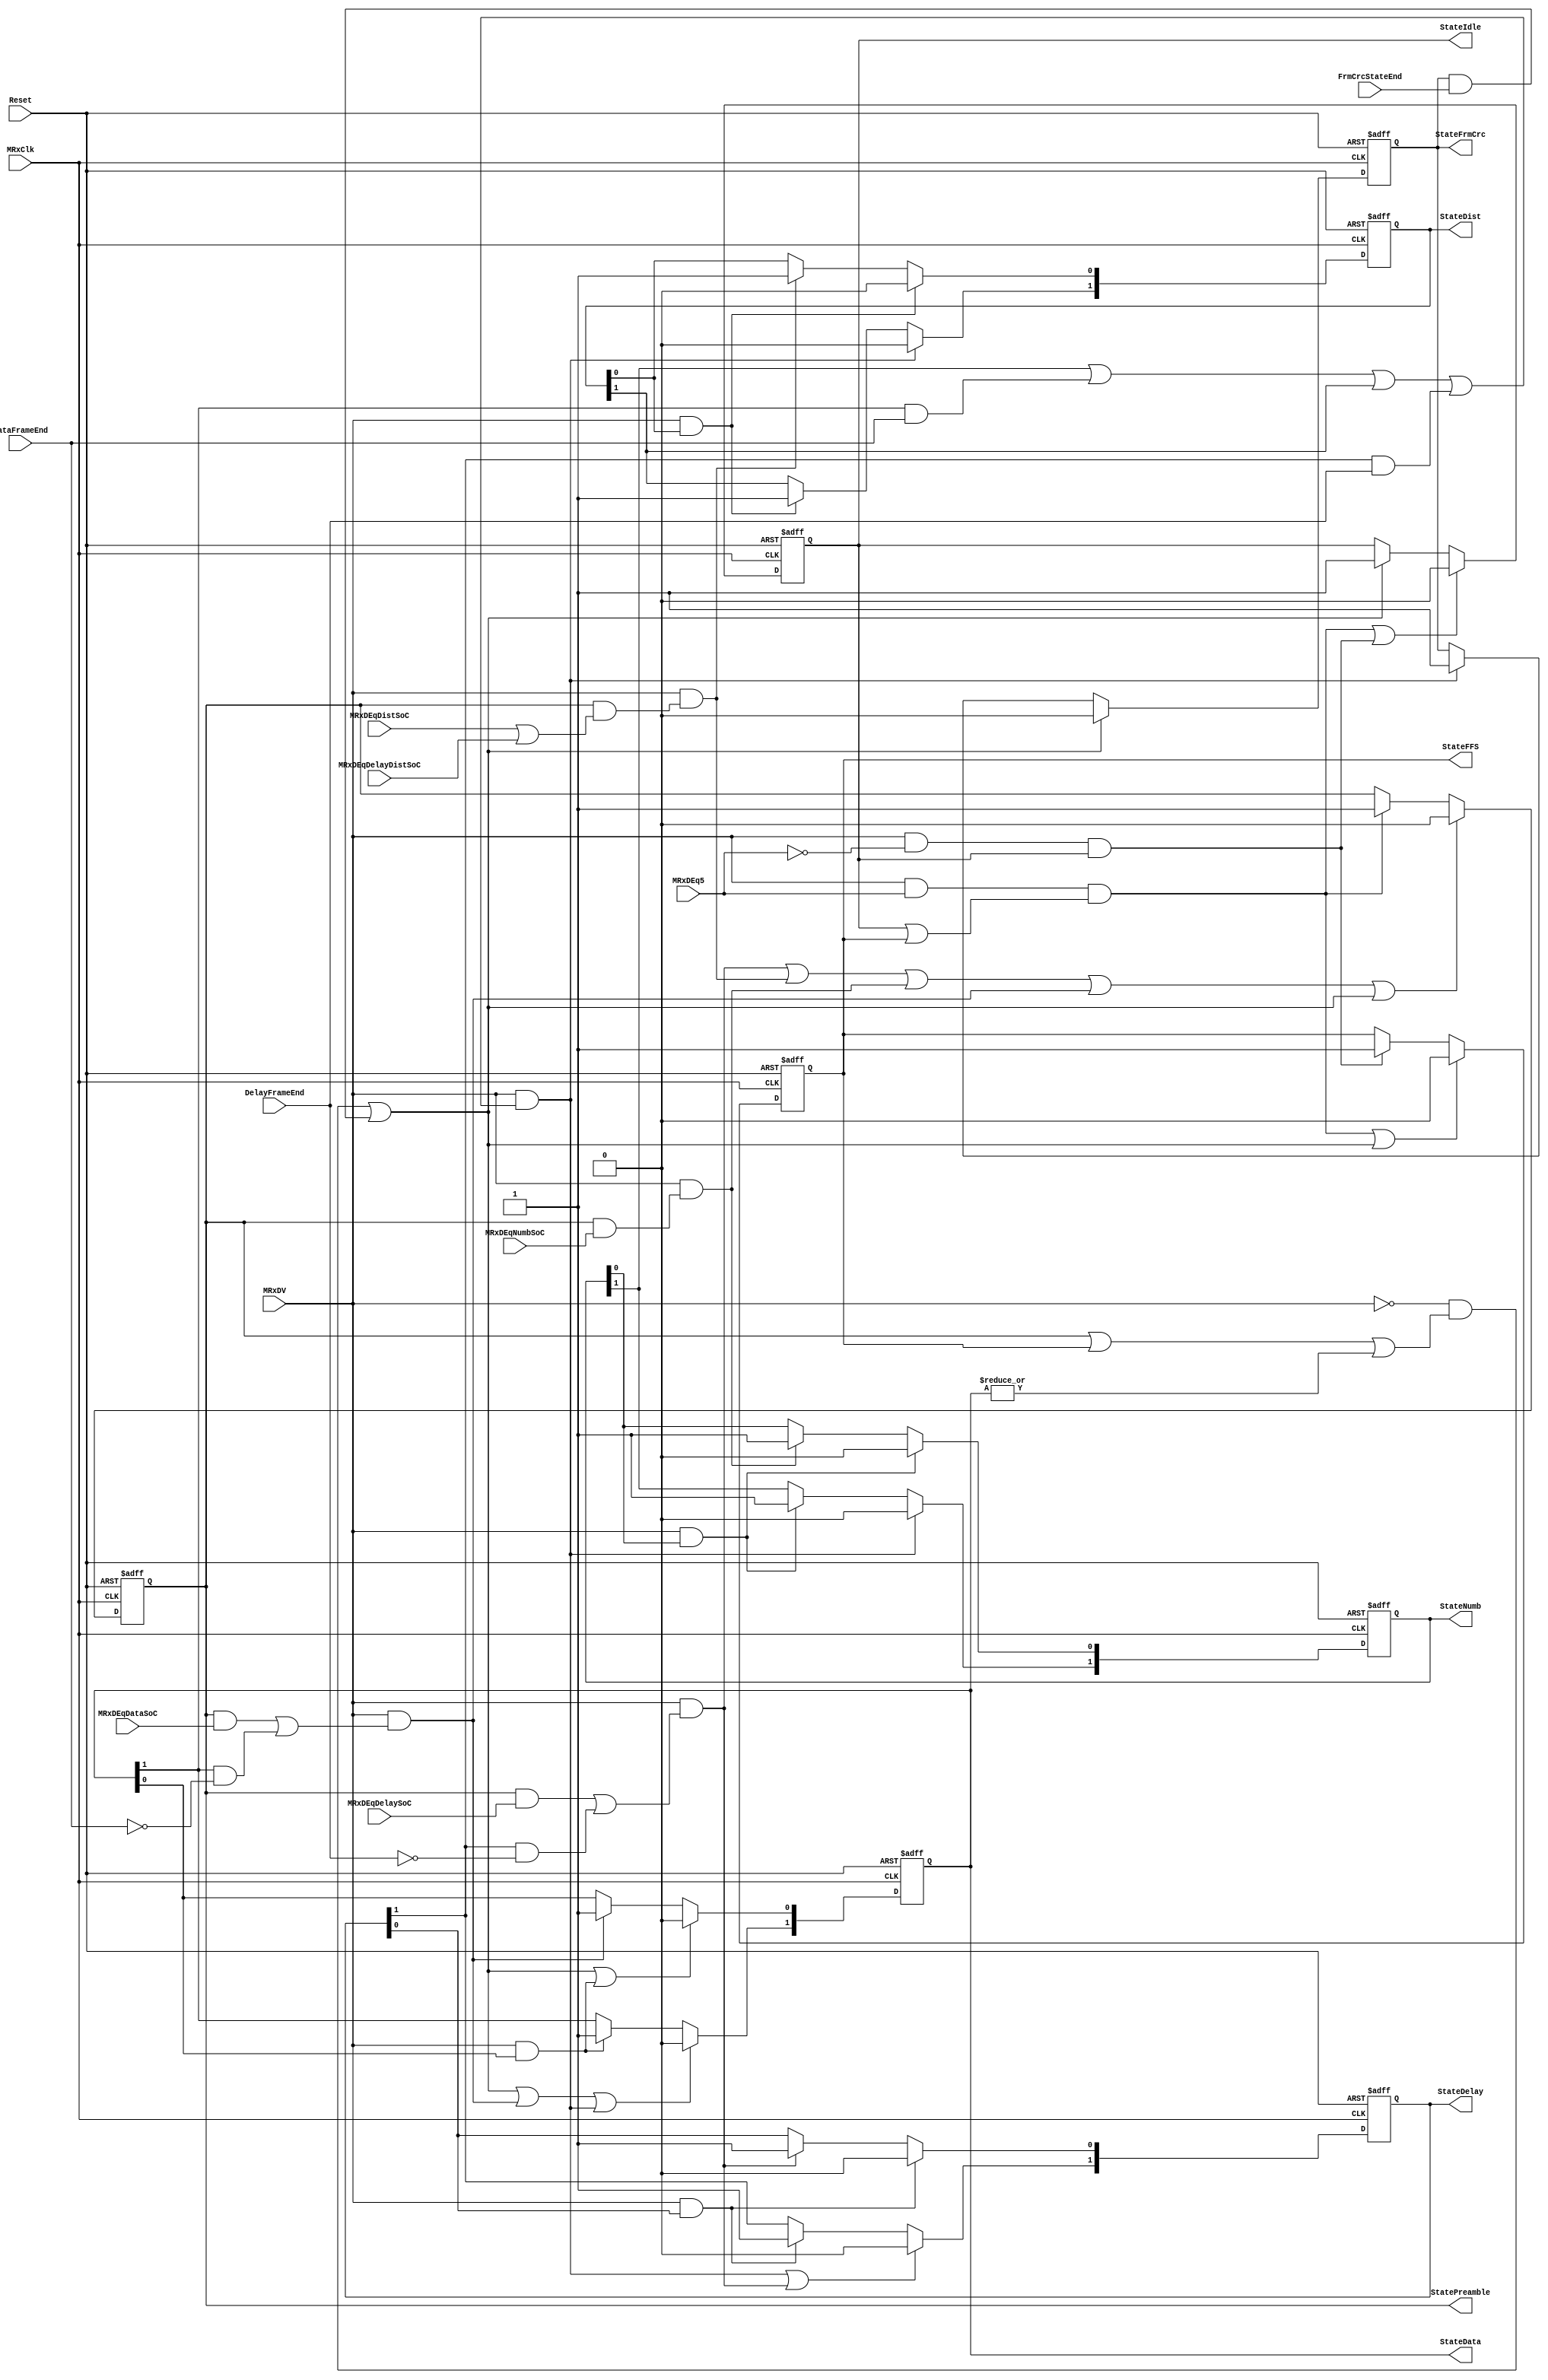
module fb_rxstatem (MRxClk, Reset, MRxDV, MRxDEq5, MRxDEqDataSoC, MRxDEqNumbSoC, MRxDEqDistSoC, MRxDEqDelaySoC,MRxDEqDelayDistSoC,
                    DelayFrameEnd, DataFrameEnd, FrmCrcStateEnd, StateIdle, StateFFS, StatePreamble, 
                    StateNumb, StateDist, StateDelay, StateData, StateFrmCrc
                    );

input         MRxClk;
input         Reset;
input         MRxDV;

input         MRxDEq5;
input         MRxDEqDataSoC;
input         MRxDEqNumbSoC;
input         MRxDEqDistSoC;
input         MRxDEqDelaySoC;
input         MRxDEqDelayDistSoC;
input         DelayFrameEnd;
input         DataFrameEnd;
input         FrmCrcStateEnd;


output        StateIdle;
output        StateFFS;
output        StatePreamble;
output [1:0]  StateNumb;
output [1:0]  StateDist;
output [1:0]  StateDelay;
output [1:0]  StateData;
output        StateFrmCrc;

reg           StateIdle;
reg           StateFFS;
reg           StatePreamble;
reg   [1:0]   StateNumb;
reg   [1:0]   StateDist;
reg   [1:0]   StateDelay;
reg   [1:0]   StateData;
reg           StateFrmCrc;

wire          StartIdle;
wire          StartFFS;
wire          StartPreamble;
wire  [1:0]   StartNumb;
wire  [1:0]   StartDist;
wire  [1:0]   StartDelay;
wire  [1:0]   StartData;
wire          StartFrmCrc;


// Defining the next state
assign StartIdle = ~MRxDV & ( StatePreamble | StateFFS | (|StateData) ) | StateFrmCrc & FrmCrcStateEnd;

assign StartFFS = MRxDV & ~MRxDEq5 & StateIdle;

assign StartPreamble = MRxDV & MRxDEq5 & (StateIdle | StateFFS);

assign StartNumb[0]    = MRxDV & (StatePreamble & MRxDEqNumbSoC);

assign StartNumb[1]    = MRxDV & StateNumb[0];

assign StartDist[0]    = MRxDV & (StatePreamble & (MRxDEqDistSoC | MRxDEqDelayDistSoC ));

assign StartDist[1]    = MRxDV & StateDist[0];

assign StartDelay[0]   = MRxDV & (StatePreamble & MRxDEqDelaySoC | StateDelay[1] & ~DelayFrameEnd);

assign StartDelay[1]   = MRxDV & StateDelay[0];

assign StartData[0]    = MRxDV & (StatePreamble & MRxDEqDataSoC | (StateData[1] & ~DataFrameEnd));

assign StartData[1]    = MRxDV & StateData[0] ;

assign StartFrmCrc     = MRxDV & (StateNumb[1] | StateData[1] & DataFrameEnd | StateDist[1] | StateDelay[1] & DelayFrameEnd);
/*assign StartDrop = MRxDV & (StateIdle & Transmitting | StateSFD & ~IFGCounterEq24 &
                   MRxDEqD |  StateData0 &  ByteCntMaxFrame);*/

// Rx State Machine
always @ (posedge MRxClk or posedge Reset)
begin
  if(Reset)
    begin
      StateIdle     <=  1'b1;
      StatePreamble <=  1'b0;
      StateFFS      <=  1'b0;
      StateNumb     <=  2'b0;
      StateDist     <=  2'b0;
      StateDelay    <=  2'b0;
      StateData     <=  2'b0;
      StateFrmCrc   <=  1'b0;
    end
  else
    begin
      if(StartPreamble | StartFFS)
        StateIdle <=  1'b0;
      else
      if(StartIdle)
        StateIdle <=  1'b1;
      
     if(StartPreamble | StartIdle)
        StateFFS <=  1'b0;
      else
      if(StartFFS)
        StateFFS <=  1'b1;
      
      if(StartDelay[0] | StartDist[0] |StartNumb[0] | StartData[0] | StartIdle )
        StatePreamble <=  1'b0;
      else
      if(StartPreamble)
        StatePreamble <=  1'b1;
      
      if(StartNumb[1])
        StateNumb[0] <=  1'b0;
      else
      if(StartNumb[0])
        StateNumb[0] <=  1'b1;
      
     if(StartFrmCrc)
        StateNumb[1] <=  1'b0;
      else
      if(StartNumb[1])
        StateNumb[1] <=  1'b1;
//
     if(StartDist[1])
        StateDist[0] <=  1'b0;
      else
      if(StartDist[0])
        StateDist[0] <=  1'b1;
        
      if(StartFrmCrc)
        StateDist[1] <=  1'b0;
      else
      if(StartDist[1])
        StateDist[1] <=  1'b1;
        
      if(StartDelay[1])
        StateDelay[0] <=  1'b0;
      else
      if(StartDelay[0])
        StateDelay[0] <=  1'b1;
      
      if(StartFrmCrc | StartDelay[0])
        StateDelay[1] <=  1'b0;
      else
      if(StartDelay[1])
        StateDelay[1] <=  1'b1;

      if(StartIdle | StartData[1])
        StateData[0] <=  1'b0;
      else
      if(StartData[0])
        StateData[0] <=  1'b1;
      
     if(StartIdle | StartData[0] | StartFrmCrc)
        StateData[1] <=  1'b0;
      else
      if(StartData[1])
        StateData[1] <=  1'b1;
      
     if(StartIdle)
        StateFrmCrc  <=  1'b0;
      else
      if(StartFrmCrc)
        StateFrmCrc  <=  1'b1;
    end
end

endmodule